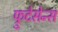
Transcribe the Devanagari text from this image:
फ्रुटेसेन्स